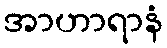
အာဟာရာနံ